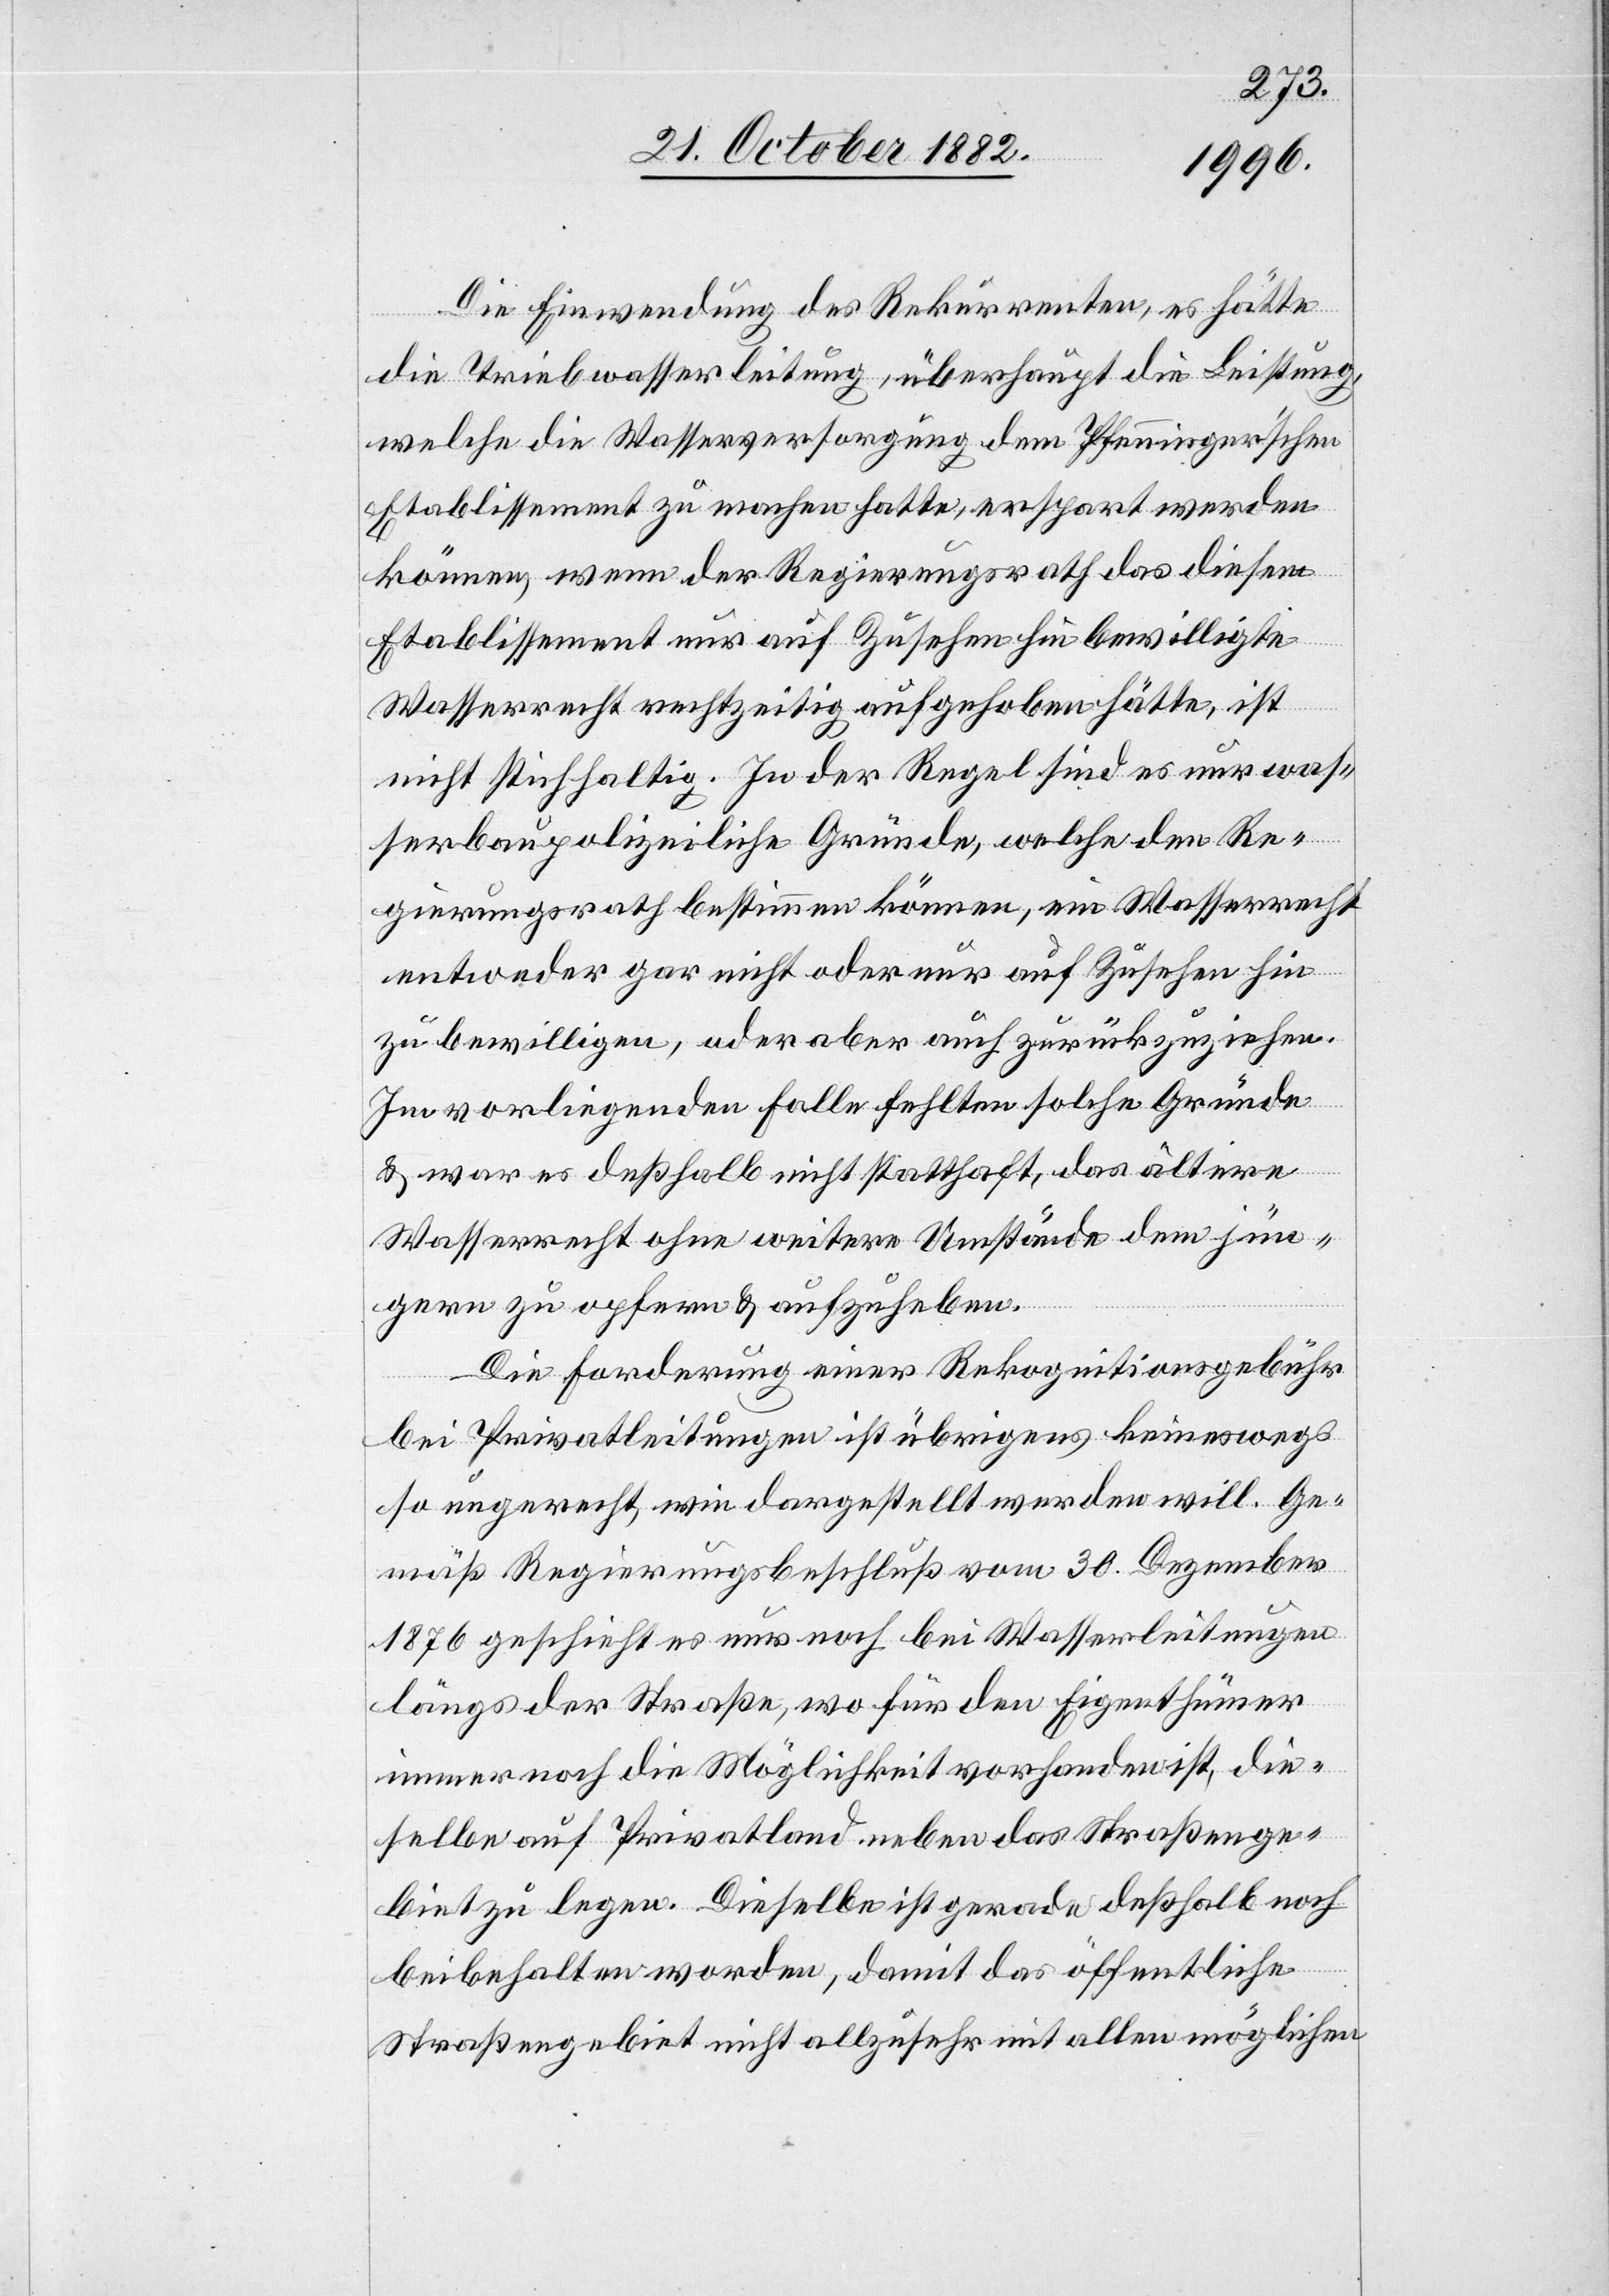
Die Einwendung des Rekurrenten, es hätte
die Triebwasserleitung, überhaupt die Leitung,
welche die Wasserversorgung dem Pfenninger’schen
Etablissement zu machen hatte, erspart werden
können, wenn der Regierungsrath das diesem
Etablissement nur auf Zusehen hin bewilligte
Wasserrecht rechtzeitig aufgehoben hätte, ist
nicht stichhaltig. In der Regel sind es nur was¬
serbaupolizeiliche Gründe, welche den Re¬
gierungsrath bestimmen können, ein Wasserrecht
entweder gar nicht oder nur auf Zusehen hin
zu bewilligen, oder aber auch zurückzuziehen.
Im vorliegenden Falle fehlten solche Gründe
& war es deßhalb nicht statthaft, das ältere
Wasserrecht ohne weitere Umstände dem jün¬
gern zu opfern & aufzuheben.
Die Forderung einer Rekognitionsgebühr
bei Privatleitungen ist übrigens keineswegs
so ungerecht, wie dargestellt werden will. Ge¬
mäß Regierungsbeschluß vom 30. Dezember
1876 geschieht es nur noch bei Wasserleitungen
längs der Straße, wo für den Eigenthümer
immer noch die Möglichkeit vorhanden ist, die¬
selben auf Privatland neben das Straßenge¬
biet zu legen. Dieselbe ist gerade deßhalb noch
beibehalten worden, damit das öffentliche
Straßengebiet nicht allzusehr mit allen möglichen